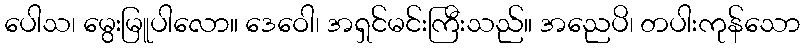
ပေါသ၊ မွေးမြူပါလော။ ဒေဝေါ၊ အရှင်မင်းကြီးသည်။ အညေပိ၊ တပါးကုန်သော